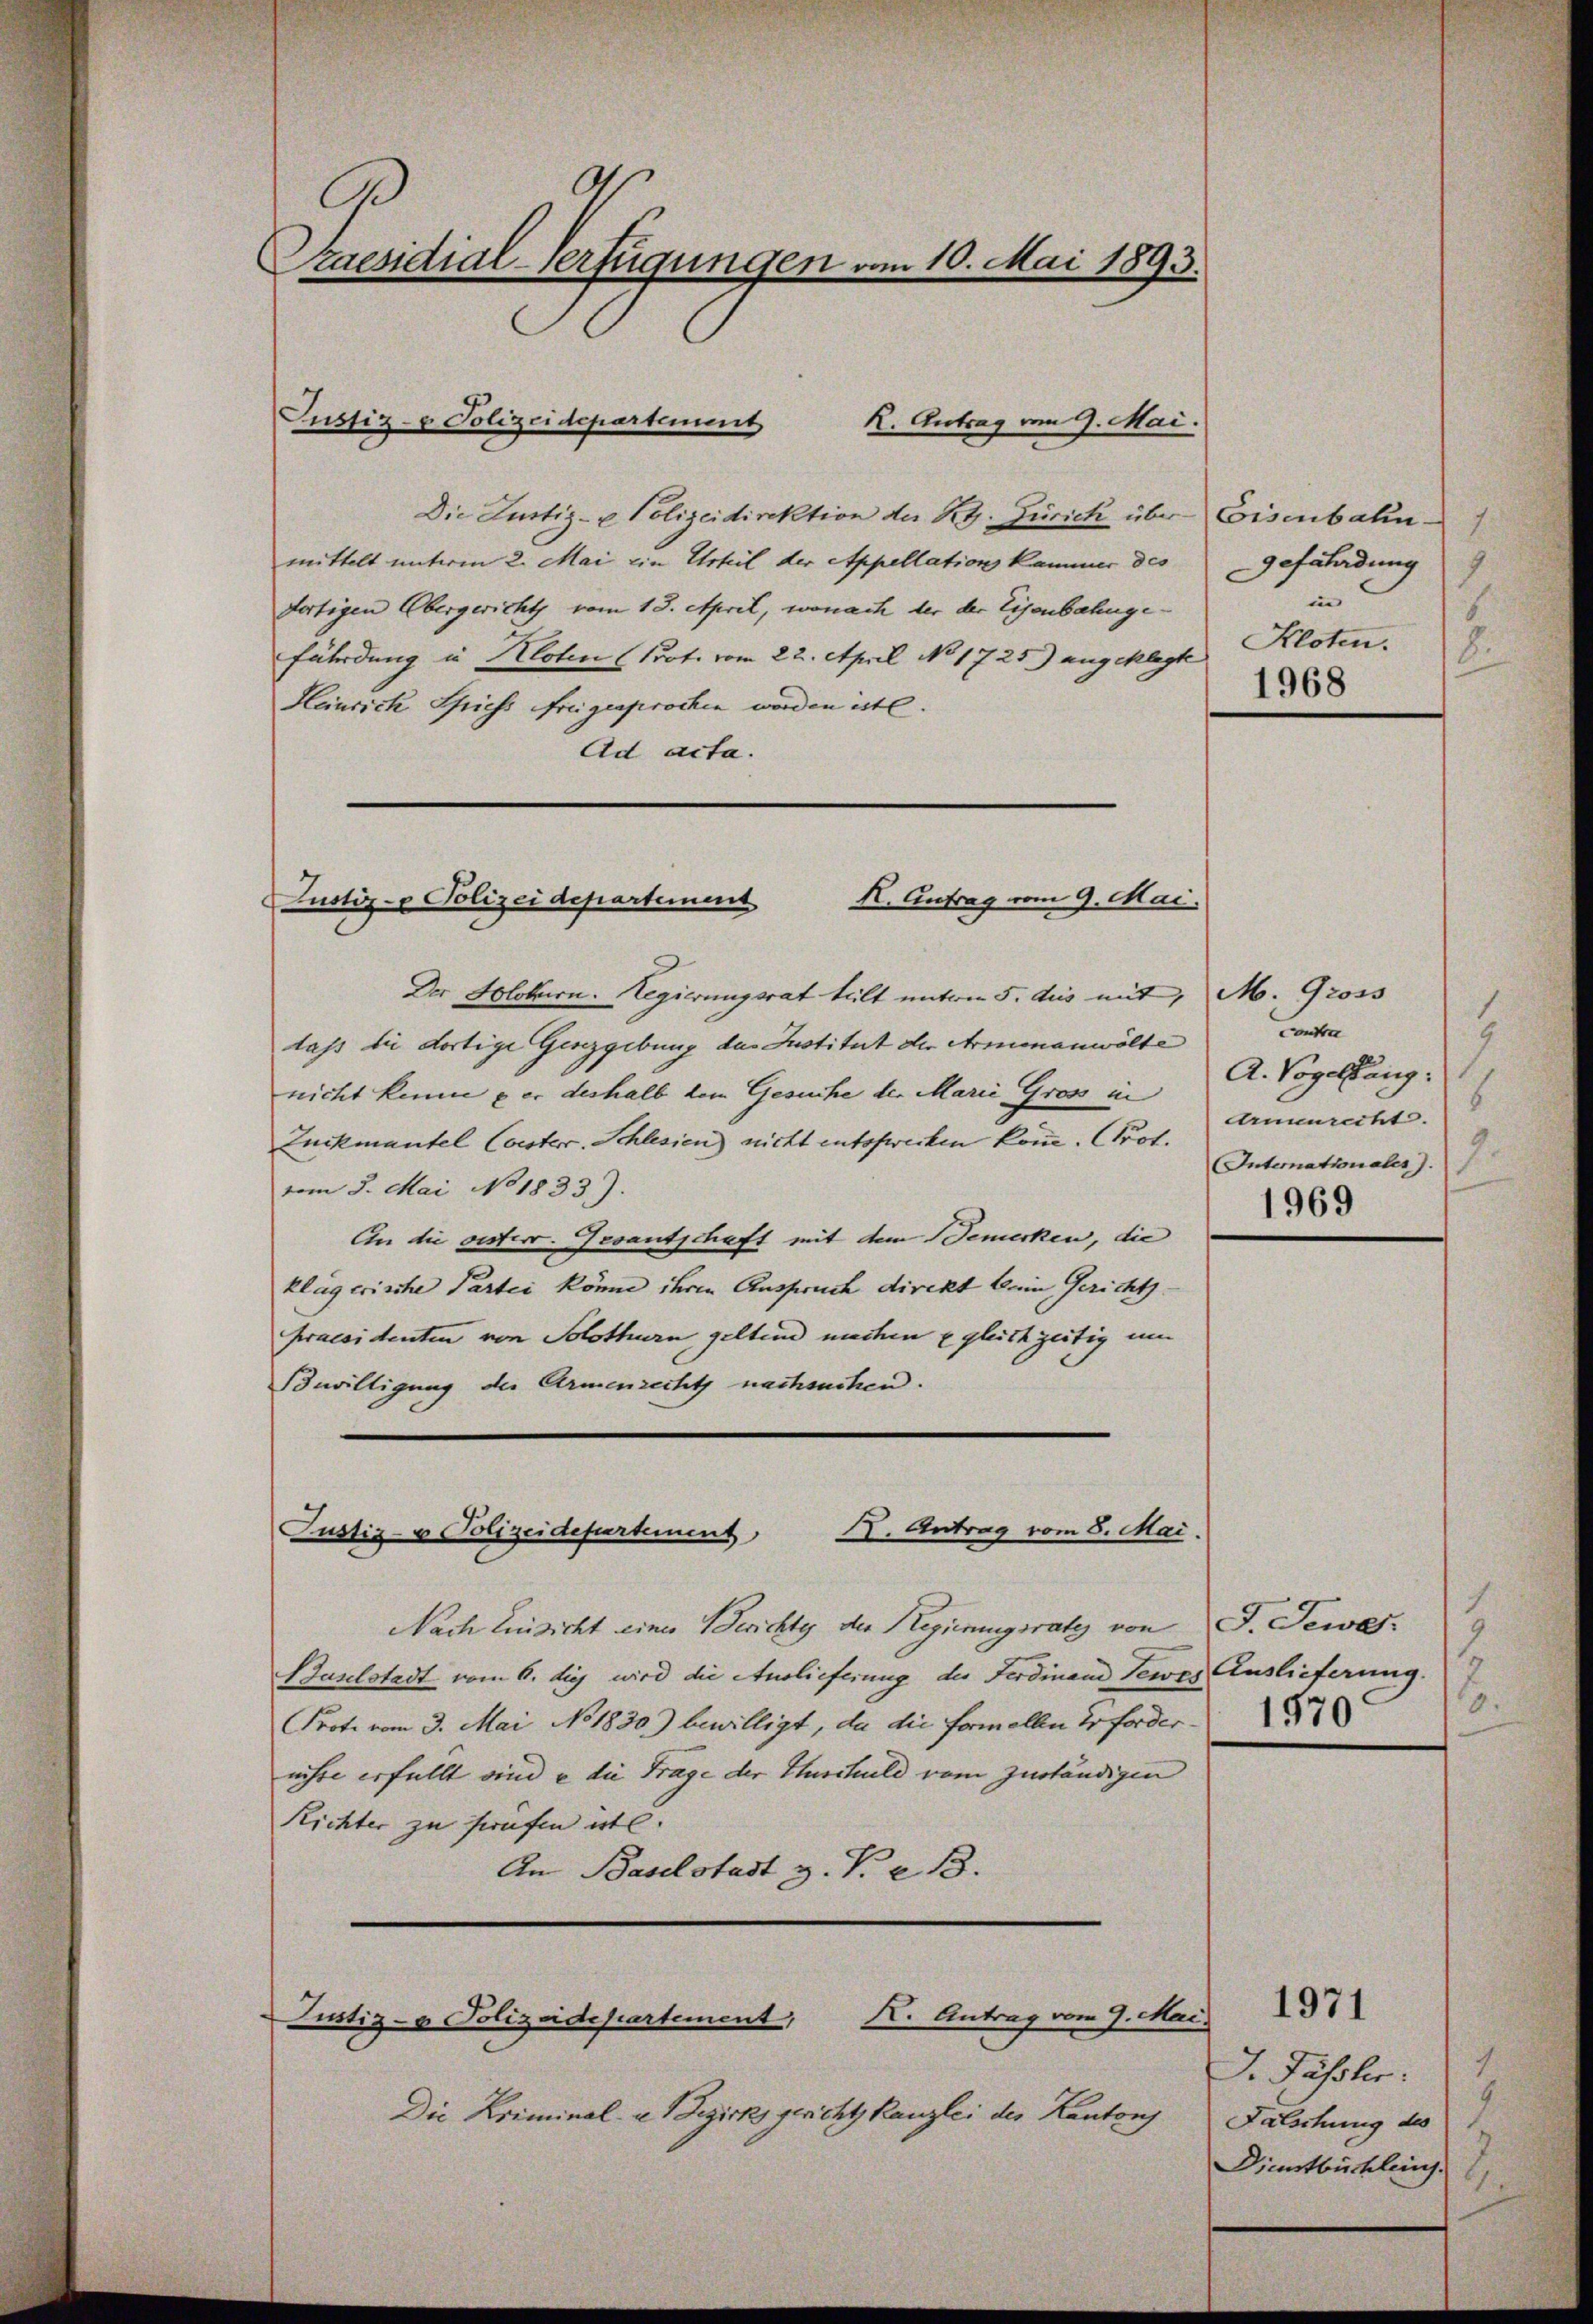
Praesidial-Verfügungen vom 10. Mai 1893.

Die Zustiz- u Polizeidirektion der Reg. Zürich über Eisenbahn
mittelt unterm 2. Mai ein Urteil der Appellations Kammer des
dortigen Obergericht vom 18. April, wonach der der Eisenbahngefährdung in Kloten (Prot. vom 22. April No 1725) angeklagte
Heinrich Spiess Freigesprochen worden ist.
Ad acta.

Der Solothurn. Regierungsrat teilt unten 5. des mit, M. Gross
lass die dortige Gerzgebung des Justitut der Armenanwölte
nicht kenne & er deshalb dem Gesuche der Marie Gross in Armenrecht.
Zuckmantel Conster. Schlesien) nicht entsprechen könne. Prot.
vom 5. Mai No 1833).
An die oesterr. Gesantschaft mit dem Bemerken, die
klägerische Partei könne ihren Anspruch direkt beim Gericht.
Praesidenten von Solothurn geltend machen u gleichzeitig um
Bewilligung der Armenrecht nachsuchen.

Justiz- & Polizeidepartement

R. Antrag vom 9. Mai.

K. Antrag vom 9. Mai.
Justiz- & Polizeidepartement

X. Antrag vom 8. Mai.
Justiz- & Polizeidesurtement

Justiz- & Polizeidepartement, K. Antrag vom 9. Mai.

Die Kriminal- u. Bezirksgericht kanzlei des Kantons

Nach Einsicht eines Berichte der Regierungsrates von F. Gewer¬
Baselstadt vom 6. die wird die Auslieferung der Ferdinand Tewes Auslieferung.
Prote vom 3. Mai No 1830) bewilligt, da die Formellen Erfordernichte erfüllt sind e die Frage der Huschuld vom zuständigen
Richter zu strafen ist.
An Baselstadt z. V. B.

Gefährdung
9
in
1
Kloten.
8.

1968

1
contra
1
A. Vogelsang.
7.
Internationales J.
1969

1
0.
1570

1
J. Fassler.
Falschung de
Dienstbüchlein

1971